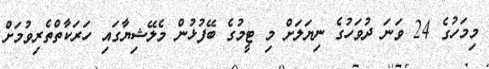
މިމަހުގެ 24 ވަނަ ދުވަހުގެ ނިޔަލަށް މި ޓީމުގެ ބޭފުޅުން މެލޭޝިޔާގައި ހަރަކާތްތެރިވުމަށް